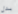
بدل